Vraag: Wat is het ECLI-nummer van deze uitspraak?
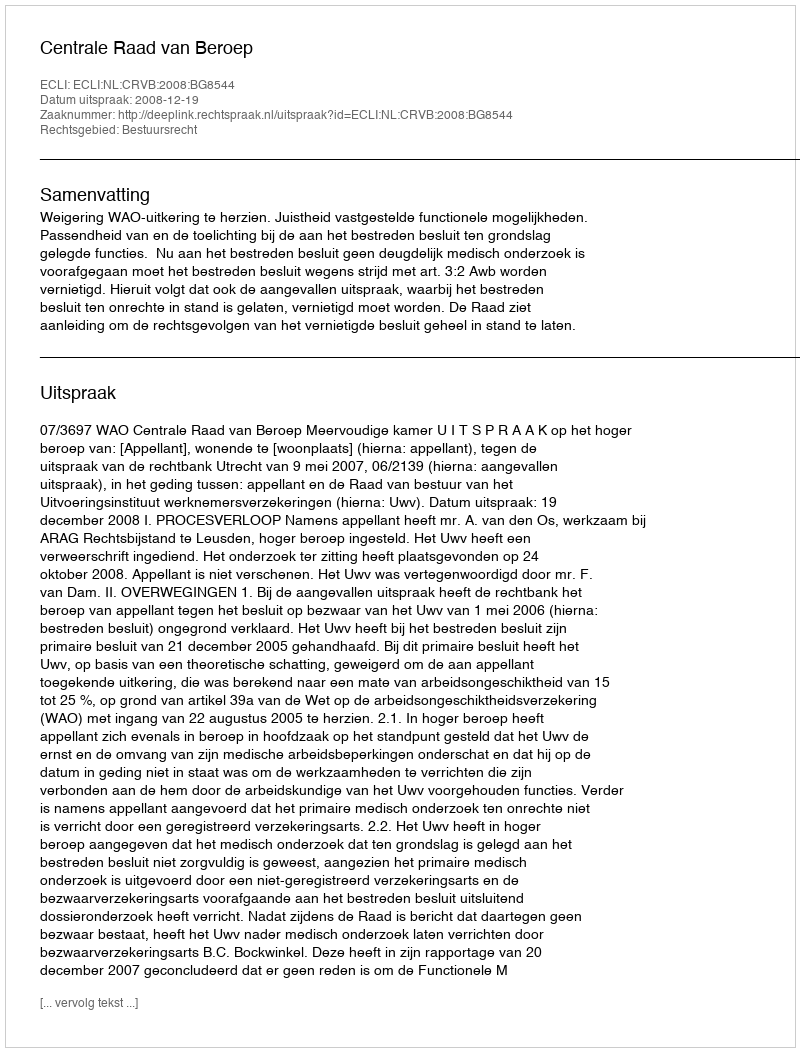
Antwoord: ECLI:NL:CRVB:2008:BG8544